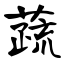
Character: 蔬